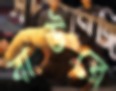
বাউরে